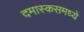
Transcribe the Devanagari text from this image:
दमास्कसमध्ये